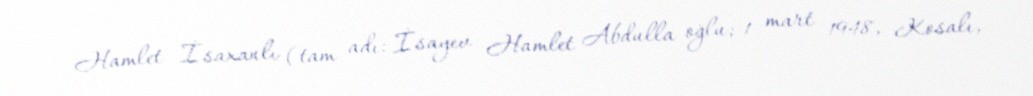
Hamlet İsaxanlı (tam adı: İsayev Hamlet Abdulla oğlu; 1 mart 1948, Kosalı,